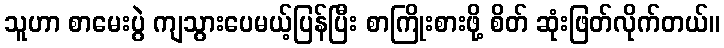
သူဟာ စာမေးပွဲ ကျသွားပေမယ့်ပြန်ပြီး စာကြိုးစားဖို့ စိတ် ဆုံးဖြတ်လိုက်တယ်။